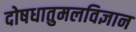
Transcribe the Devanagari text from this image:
दोषधातुमलविज्ञान